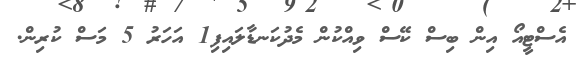
އެސްޓީއޯ އިން ބިސް ކޭސް ވިއްކުން މެދުކަނޑާލައިފި1 އަހަރު 5 މަސް ކުރިން.